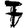
Digit: 7